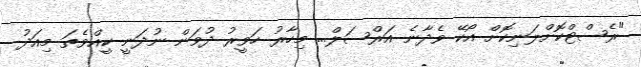
"ރެސްޓްކޮށްލަނިކޮށް އޯކޭ ވެދާނެ އަރްސަލް... މިހާރު ހަވީރު ދުވަން ނުދަނީ ކީއްވެތަ މިއަދު